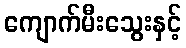
ကျောက်မီးသွေးနှင့်